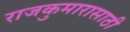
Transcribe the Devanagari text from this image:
राजकुमारासाठी